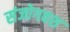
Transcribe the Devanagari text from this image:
संजोगवश